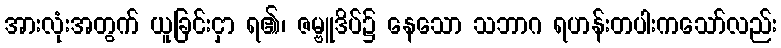
အားလုံးအတွက် ယူခြင်းငှာ ရ၏၊ ဇမ္ဗူဒိပ်၌ နေသော သဘာဂ ရဟန်းတပါးကသော်လည်း